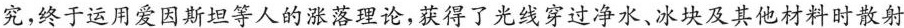
究，终于运用爱因斯坦等人的涨落理论，获得了光线穿过净水、冰块及其他材料时散射